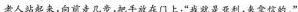
老人站起来，向前走几步，把手放在门上：“我就是亚利，来拿信的。”